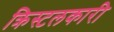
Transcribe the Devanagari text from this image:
क्रिस्टलकारी